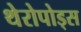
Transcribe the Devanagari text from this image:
थेरोपोड्स